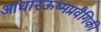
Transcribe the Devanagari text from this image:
आधारऊष्मप्रवैगिकी